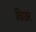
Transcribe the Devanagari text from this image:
विछर